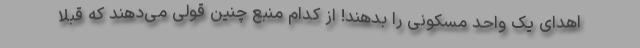
اهدای یک واحد مسکونی را بدهند! از کدام منبع چنین قولی می‌دهند که قبلاً